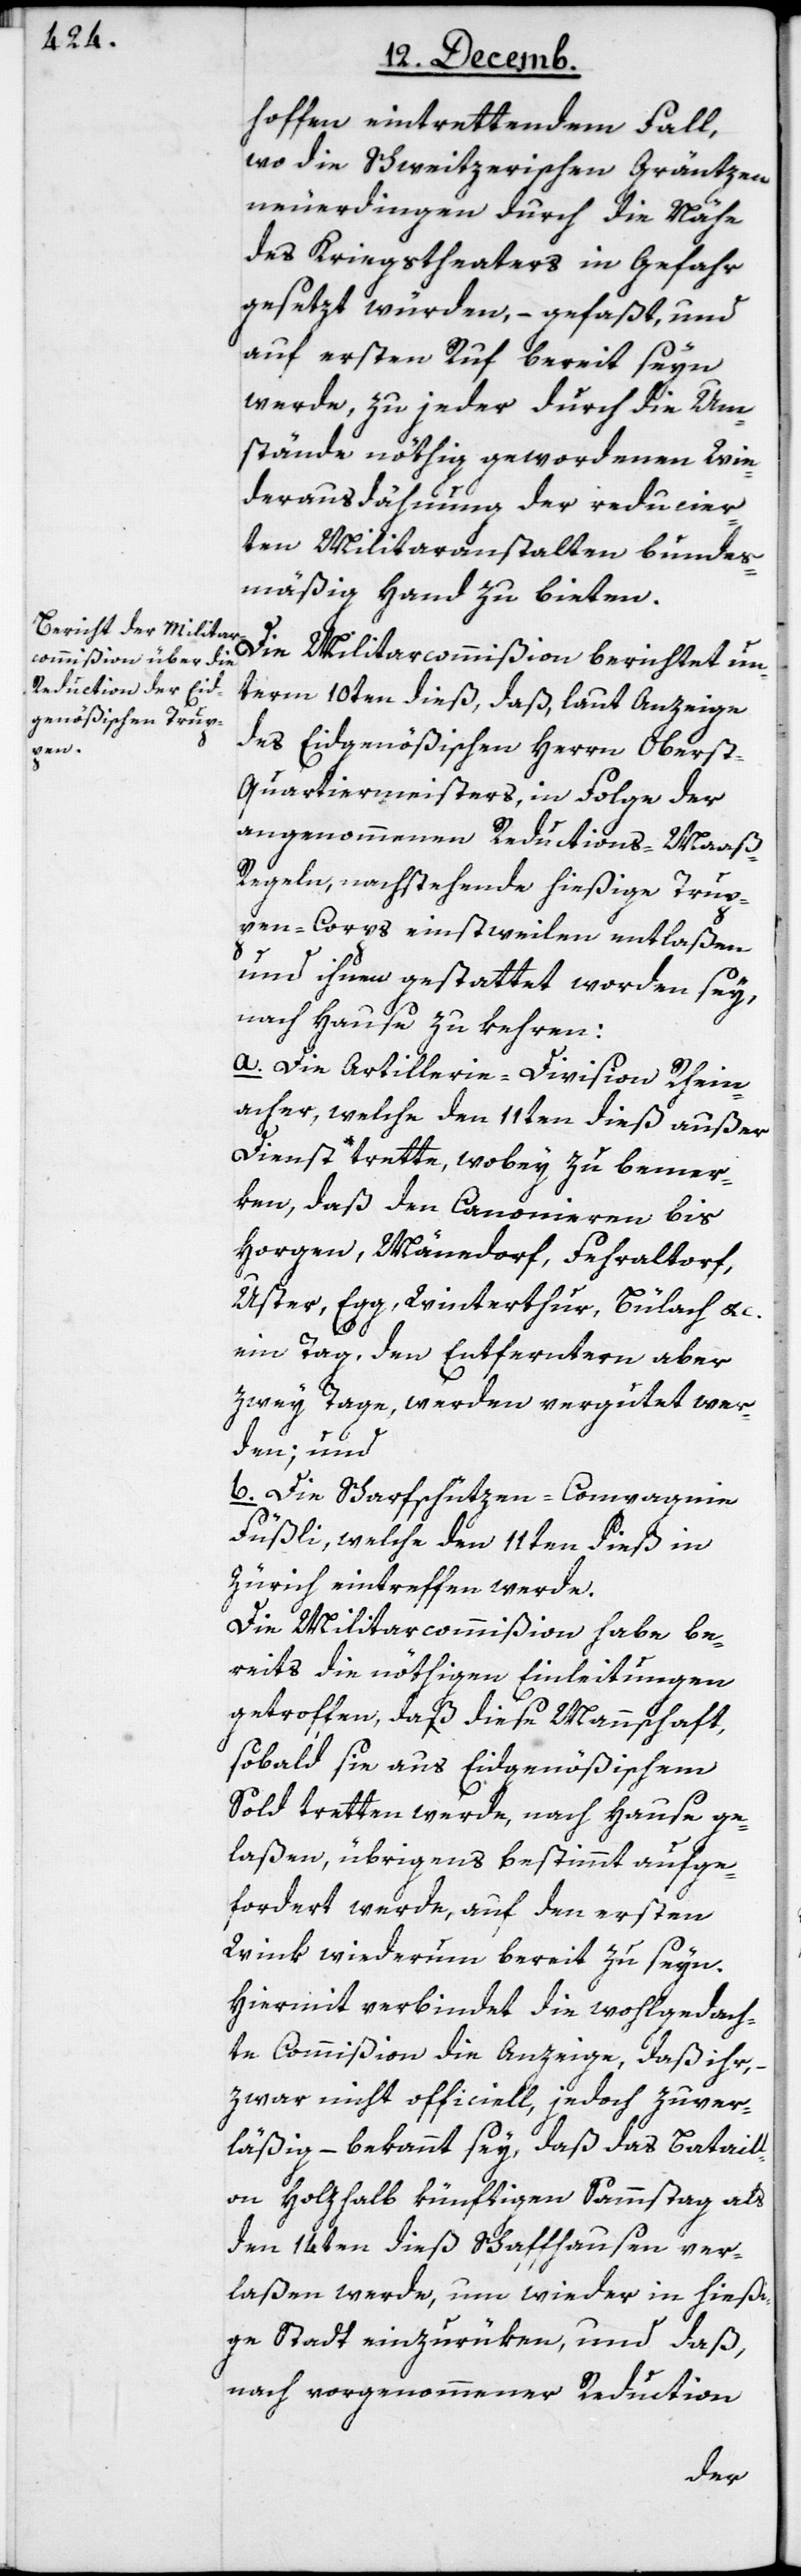
hoffen eintrettendem Fall,
wo die Schweitzerischen Gräntzen
neuerdingen durch die Nähe
des Kriegstheaters in Gefahr
gesetzt würden, – gefaßt, und
auf ersten Ruf bereit sein
werde, zu jeder durch die Um¬
stände nöthig gewordenen Wie¬
derausdähnung der reducier¬
ten Militaranstalten bundes¬
mäßig Hand zu bieten.
Die Militarcommißion berichtet un¬
term 10ten dieß, daß laut Anzeige
des Eidgenößischen Herrn Obers¬
t-Quartiermeisters, in Folge der
angenohmenen Reductions-Maa¬
ß-Regeln nachstehende hießige Trup¬
pen-Corps einstweilen entlaßen
und ihnen gestattet worden sey,
nach Hause zu kehren:
a) Die Artillerie-Division Rhein¬
acher, welche den 11ten dieß außer
Dienst trette, wobey zu bemer¬
ken, daß den Canonieren bis
Horgen, Mänedorf, Fehraltorf,
Uster, Egg, Winterthur, Bülach etc.
ein Tag, den Entferntern aber
zwey Tage, werden vergütet wer¬
den, und
b) die Scharfschützen-Compagnie
Füßli, welche den 11ten dieß in
Zürich eintreffen werde.
Die Militarcommißion habe be¬
reits die nöthigen Einleitungen
getroffen, daß diese Mannschaft,
sobald sie aus Eidgenößischem
Sold tretten werde, nach Hause ge¬
laßen, übrigens bestimmt aufge¬
fordert werde, auf den ersten
Wink wiederum bereit zu seyn.
Hiermit verbindet die wohlgedach¬
te Commißion die Anzeige, daß ihr,
zwar nicht officiell, jedoch zuver¬
läßig, – bekannt sey, daß das Bataill¬
on Holzhalb künftigen Sammstag als
den 14ten dieß Schaffhausen ver¬
laßen werde, um wieder in hieß¬
ige Stadt einzurüken, und daß,
nach vorgenommener Reduction